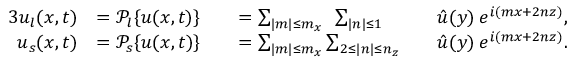
\begin{array} { r l r l r l } { { 3 } \boldsymbol { u } _ { l } ( \boldsymbol { x } , t ) } & { = \mathcal { P } _ { l } \{ \boldsymbol { u } ( \boldsymbol { x } , t ) \} } & & { = \sum _ { | m | \le m _ { x } } \: \: \sum _ { | n | \le 1 } } & & { \boldsymbol { \hat { u } } ( y ) \: e ^ { i ( m x + 2 n z ) } , } \\ { \boldsymbol { u } _ { s } ( \boldsymbol { x } , t ) } & { = \mathcal { P } _ { s } \{ \boldsymbol { u } ( \boldsymbol { x } , t ) \} } & & { = \sum _ { | m | \le m _ { x } } \sum _ { 2 \le | n | \le n _ { z } } } & & { \boldsymbol { \hat { u } } ( y ) \: e ^ { i ( m x + 2 n z ) } . } \end{array}